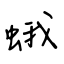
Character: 蛾